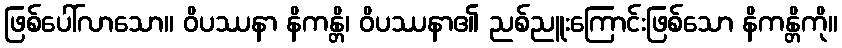
ဖြစ်ပေါ်လာသော။ ဝိပဿနာ နိကန္တိ၊ ဝိပဿနာ၏ ညစ်ညူးကြောင်းဖြစ်သော နိကန္တိကို။